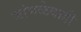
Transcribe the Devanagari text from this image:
जांभळेवाडी